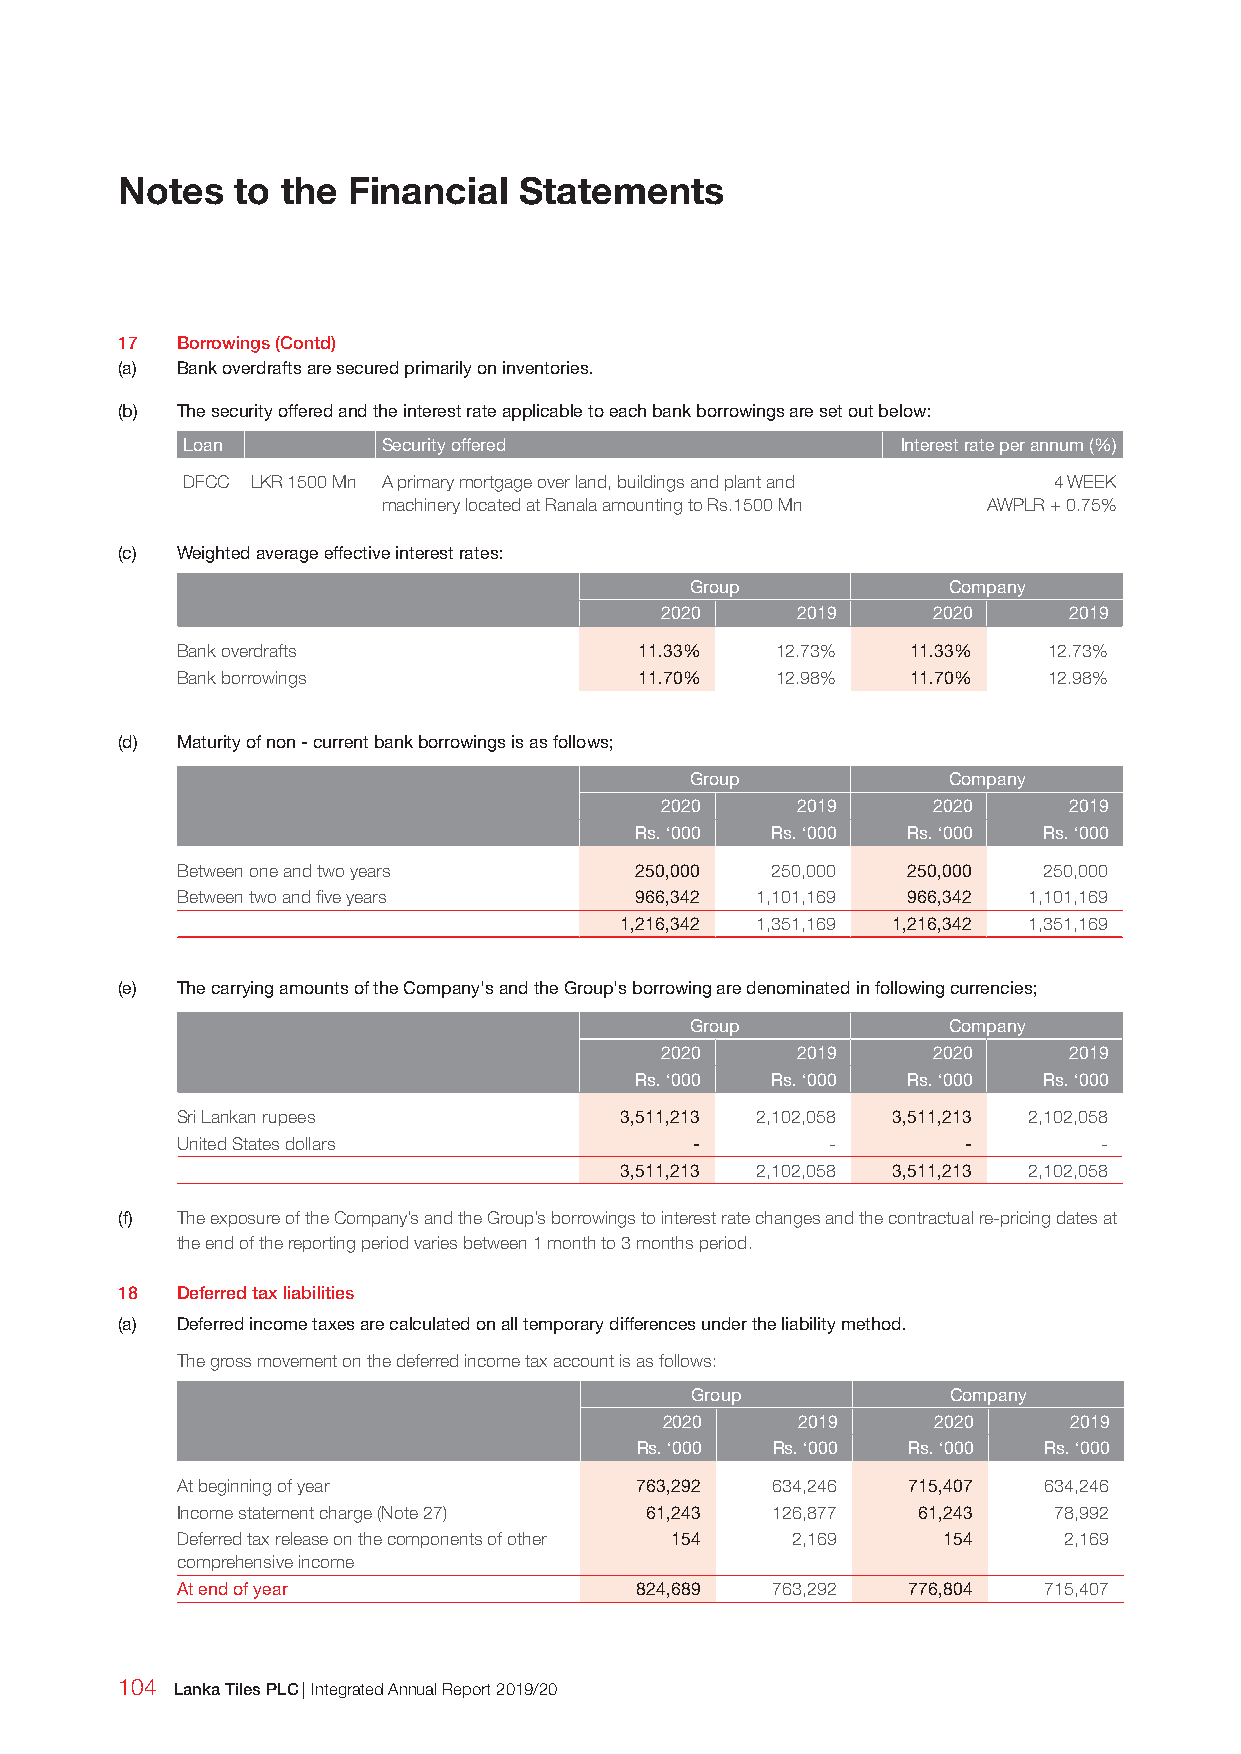
Notes  to  the Financial  Statements
 17  Borrowings (Contd)
 (a) Bank overdrafts are secured primarily on inventories.
 (b) The security offered and the interest rate applicable to each bank borrowings are set out below:
 Loan         Security offered                   Interest rate per annum (%)
 DFCC LKR 1500 Mn A primary mortgage over land, buildings and plant and 4 WEEK
 machinery located at Ranala amounting to Rs.1500 Mn AWPLR + 0.75%
 (c) Weighted average effective interest rates:
 Group            Company
 2020     2019     2020     2019
 Bank overdrafts               11.33%   12.73%   11.33%   12.73%
 Bank borrowings               11.70%   12.98%   11.70%   12.98%
 (d) Maturity of non - current bank borrowings is as follows;
 Group            Company
 2020     2019     2020     2019
 Rs. ‘000 Rs. ‘000 Rs. ‘000 Rs. ‘000
 Between one and two years     250,000  250,000  250,000  250,000
 Between two and five years    966,342 1,101,169 966,342 1,101,169
 1,216,342 1,351,169 1,216,342 1,351,169
 (e) The carrying amounts of the Company's and the Group's borrowing are denominated in following currencies;
 Group            Company
 2020     2019     2020     2019
 Rs. ‘000 Rs. ‘000 Rs. ‘000 Rs. ‘000
 Sri Lankan rupees            3,511,213 2,102,058 3,511,213 2,102,058
 United States dollars             -        -        -        -
 3,511,213 2,102,058 3,511,213 2,102,058
 (f) The exposure of the Company’s and the Group’s borrowings to interest rate changes and the contractual re-pricing dates at
 the end of the reporting period varies between 1 month to 3 months period.
 18  Deferred tax liabilities
 (a) Deferred income taxes are calculated on all temporary differences under the liability method.
 The gross movement on the deferred income tax account is as follows:
 Group            Company
 2020     2019     2020     2019
 Rs. ‘000 Rs. ‘000 Rs. ‘000 Rs. ‘000
 At beginning of year          763,292  634,246  715,407  634,246
 Income statement charge (Note 27) 61,243 126,877 61,243   78,992
 Deferred tax release on the components of other 154 2,169 154 2,169
 comprehensive income
 At end of year                824,689  763,292  776,804  715,407
 104 Lanka Tiles PLC | Integrated Annual Report 2019/20